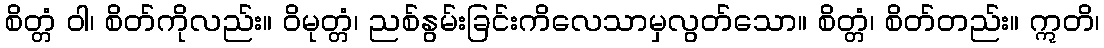
စိတ္တံ ဝါ၊ စိတ်ကိုလည်း။ ဝိမုတ္တံ၊ ညစ်နွမ်းခြင်းကိလေသာမှလွတ်သော။ စိတ္တံ၊ စိတ်တည်း။ ဣတိ၊